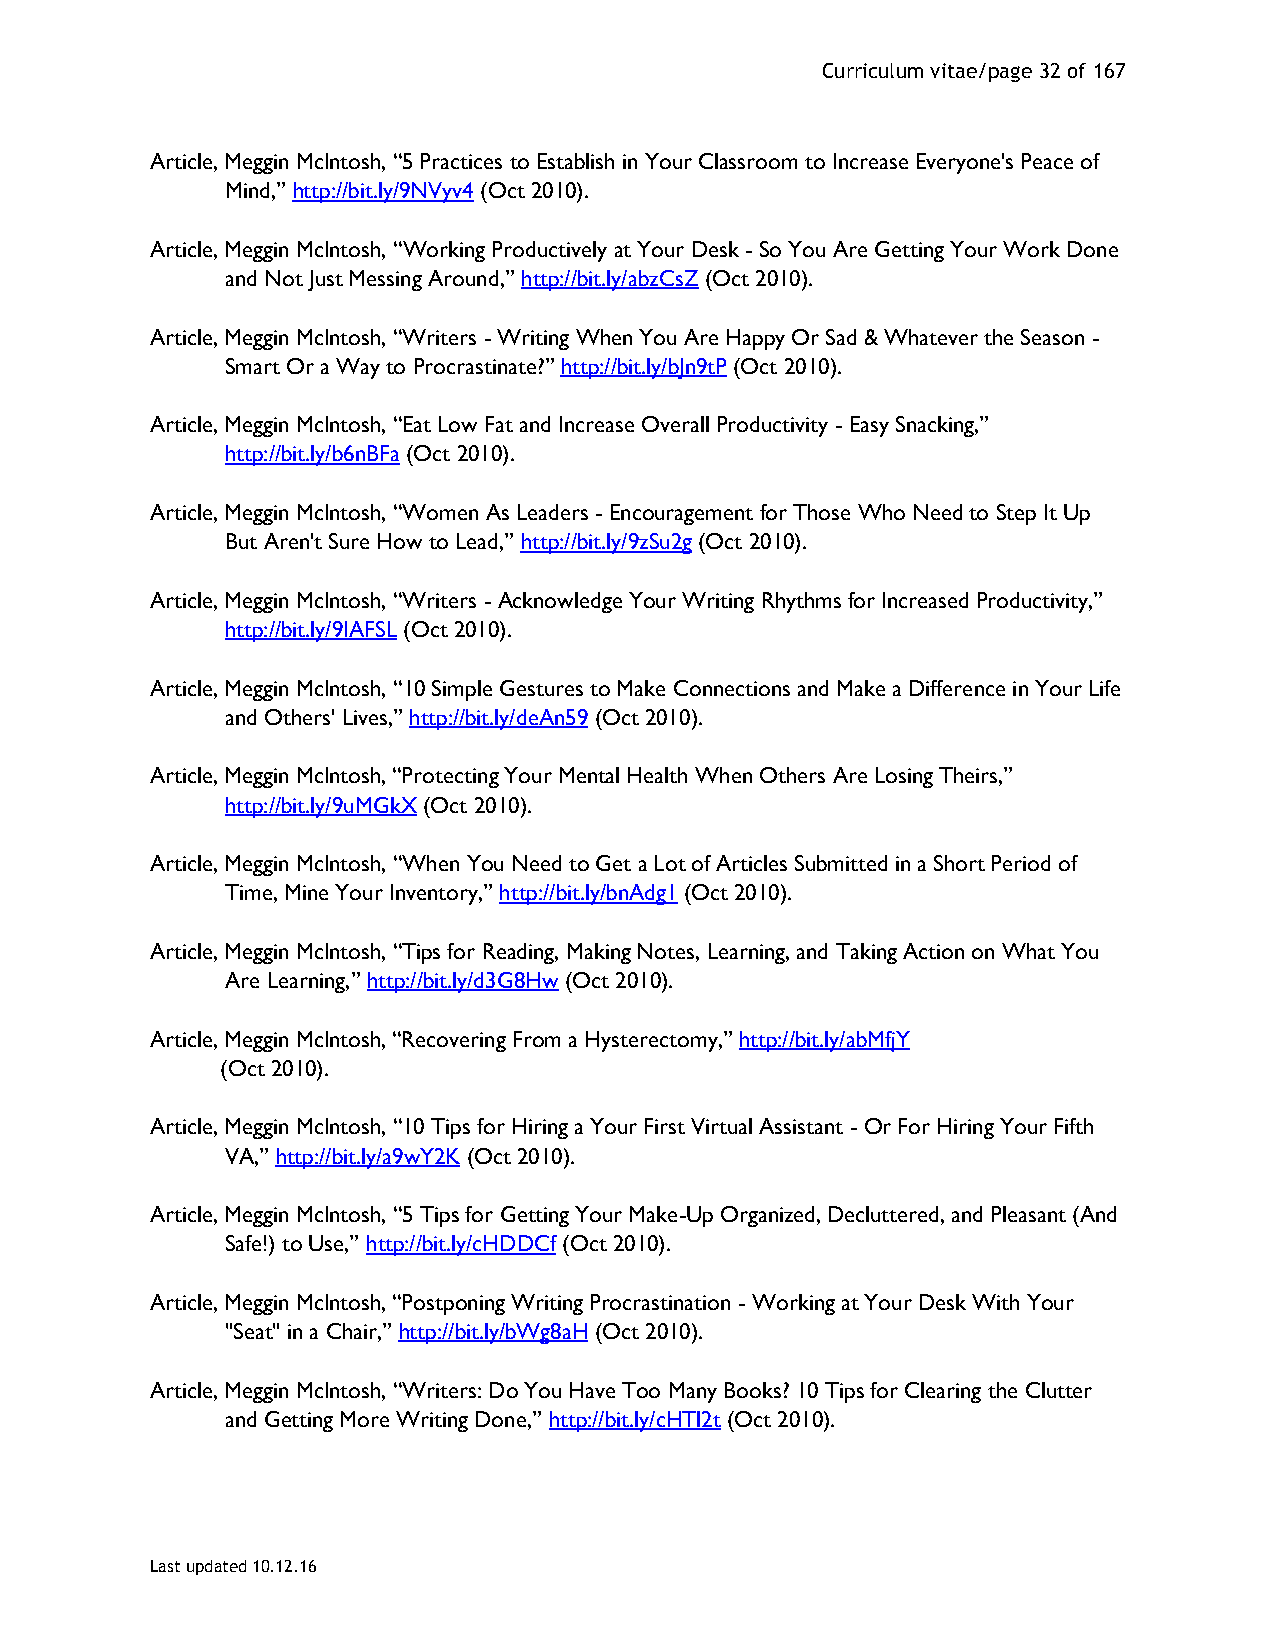
Curriculum vitae/page 32 of 167
 Article, Meggin McIntosh, “5 Practices to Establish in Your Classroom to Increase Everyone's Peace of
 Mind,” http://bit.ly/9NVyv4 (Oct 2010).
 Article, Meggin McIntosh, “Working Productively at Your Desk - So You Are Getting Your Work Done
 and Not Just Messing Around,” http://bit.ly/abzCsZ (Oct 2010).
 Article, Meggin McIntosh, “Writers - Writing When You Are Happy Or Sad & Whatever the Season -
 Smart Or a Way to Procrastinate?” http://bit.ly/bJn9tP (Oct 2010).
 Article, Meggin McIntosh, “Eat Low Fat and Increase Overall Productivity - Easy Snacking,”
 http://bit.ly/b6nBFa (Oct 2010).
 Article, Meggin McIntosh, “Women As Leaders - Encouragement for Those Who Need to Step It Up
 But Aren't Sure How to Lead,” http://bit.ly/9zSu2g (Oct 2010).
 Article, Meggin McIntosh, “Writers - Acknowledge Your Writing Rhythms for Increased Productivity,”
 http://bit.ly/9IAFSL (Oct 2010).
 Article, Meggin McIntosh, “10 Simple Gestures to Make Connections and Make a Difference in Your Life
 and Others' Lives,” http://bit.ly/deAn59 (Oct 2010).
 Article, Meggin McIntosh, “Protecting Your Mental Health When Others Are Losing Theirs,”
 http://bit.ly/9uMGkX (Oct 2010).
 Article, Meggin McIntosh, “When You Need to Get a Lot of Articles Submitted in a Short Period of
 Time, Mine Your Inventory,” http://bit.ly/bnAdg1 (Oct 2010).
 Article, Meggin McIntosh, “Tips for Reading, Making Notes, Learning, and Taking Action on What You
 Are Learning,” http://bit.ly/d3G8Hw (Oct 2010).
 Article, Meggin McIntosh, “Recovering From a Hysterectomy,” http://bit.ly/abMfjY
 (Oct 2010).
 Article, Meggin McIntosh, “10 Tips for Hiring a Your First Virtual Assistant - Or For Hiring Your Fifth
 VA,” http://bit.ly/a9wY2K (Oct 2010).
 Article, Meggin McIntosh, “5 Tips for Getting Your Make-Up Organized, Decluttered, and Pleasant (And
 Safe!) to Use,” http://bit.ly/cHDDCf (Oct 2010).
 Article, Meggin McIntosh, “Postponing Writing Procrastination - Working at Your Desk With Your
 "Seat" in a Chair,” http://bit.ly/bWg8aH (Oct 2010).
 Article, Meggin McIntosh, “Writers: Do You Have Too Many Books? 10 Tips for Clearing the Clutter
 and Getting More Writing Done,” http://bit.ly/cHTl2t (Oct 2010).
 Last updated 10.12.16